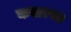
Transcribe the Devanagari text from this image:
करारपत्र